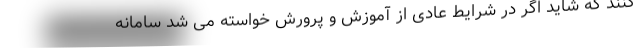
کنند که شاید اگر در شرایط عادی از آموزش و پرورش خواسته می شد سامانه